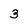
Character: 3